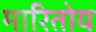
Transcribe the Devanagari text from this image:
मारितोय